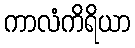
ကာလံကိရိယာ